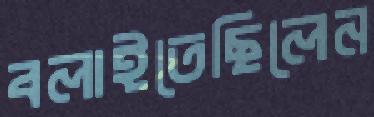
বলাইতেছিলেন